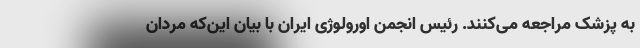
به پزشک مراجعه می‌کنند. رئیس انجمن اورولوژی ایران با بیان این‌که مردان